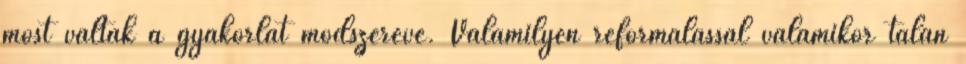
most váltak a gyakorlat módszerévé. Valamilyen reformálással valamikor talán